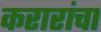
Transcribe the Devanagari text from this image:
करारांचा